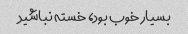
بسیار خوب بود، خسته نباشید